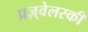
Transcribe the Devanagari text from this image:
प्रज़्वेलस्की